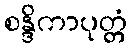
စန္ဒိကာပုတ္တံ